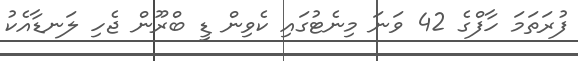
ފުރަތަމަ ހާފްގެ 42 ވަނަ މިނެޓުގައި ކެވިން ޑީ ބްރޫން ޖެހި ލަނޑާއެކު